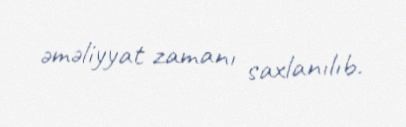
əməliyyat zamanı saxlanılıb.